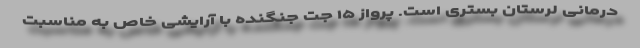
درمانی لرستان بستری است. پرواز ۱۵ جت جنگنده با آرایشی خاص به مناسبت